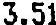
3.51